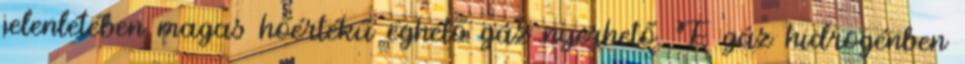
jelenlétében magas hőértékű éghető gáz nyerhető. E gáz hidrogénben